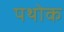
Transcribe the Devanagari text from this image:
पथोक